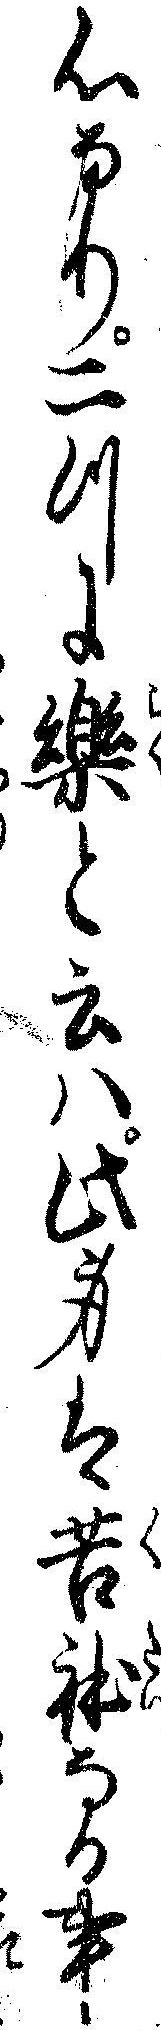
心なり二つに楽と云ハ此身は苦体なる事